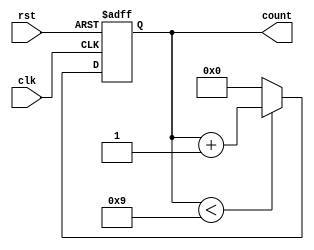
module decade_counter(rst,clk,count);
input rst ,clk;
output reg [3:0] count;


always @(posedge clk,posedge rst) 
begin
      if(rst)                        // if(rst|(count==4'b1001))
         count<=4'b0000;
      else
          begin
             if(count < 4'b1001)
                 count <= count+1;
             else 
                 count <= 4'b0000;
           end 
end              
              
                
endmodule